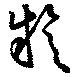
疑